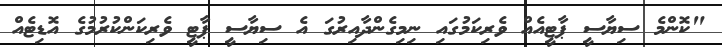
"ކޮންމެ ސިޔާސީ ޕާޓީއެއް ވެރިކަމުގައި ނިމިގެންދާއިރުގަ އެ ސިޔާސީ ޕާޓީ ވެރިކަންކުރުމުގެ އޮޑިޓެއް